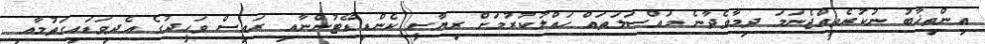
އިންތިޚާބު ނުކުރެވިއްޖެނަމަ ދިމާވެދާނެ މައްސަލަތައް ހައްލުކުރުމަށް ރިޔާސީ ކެންޑިޑޭޓުންނާއި ރައީސް ވަހީދުގެ އެދިވަޑައިގަތުމާއި